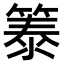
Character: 𫂐